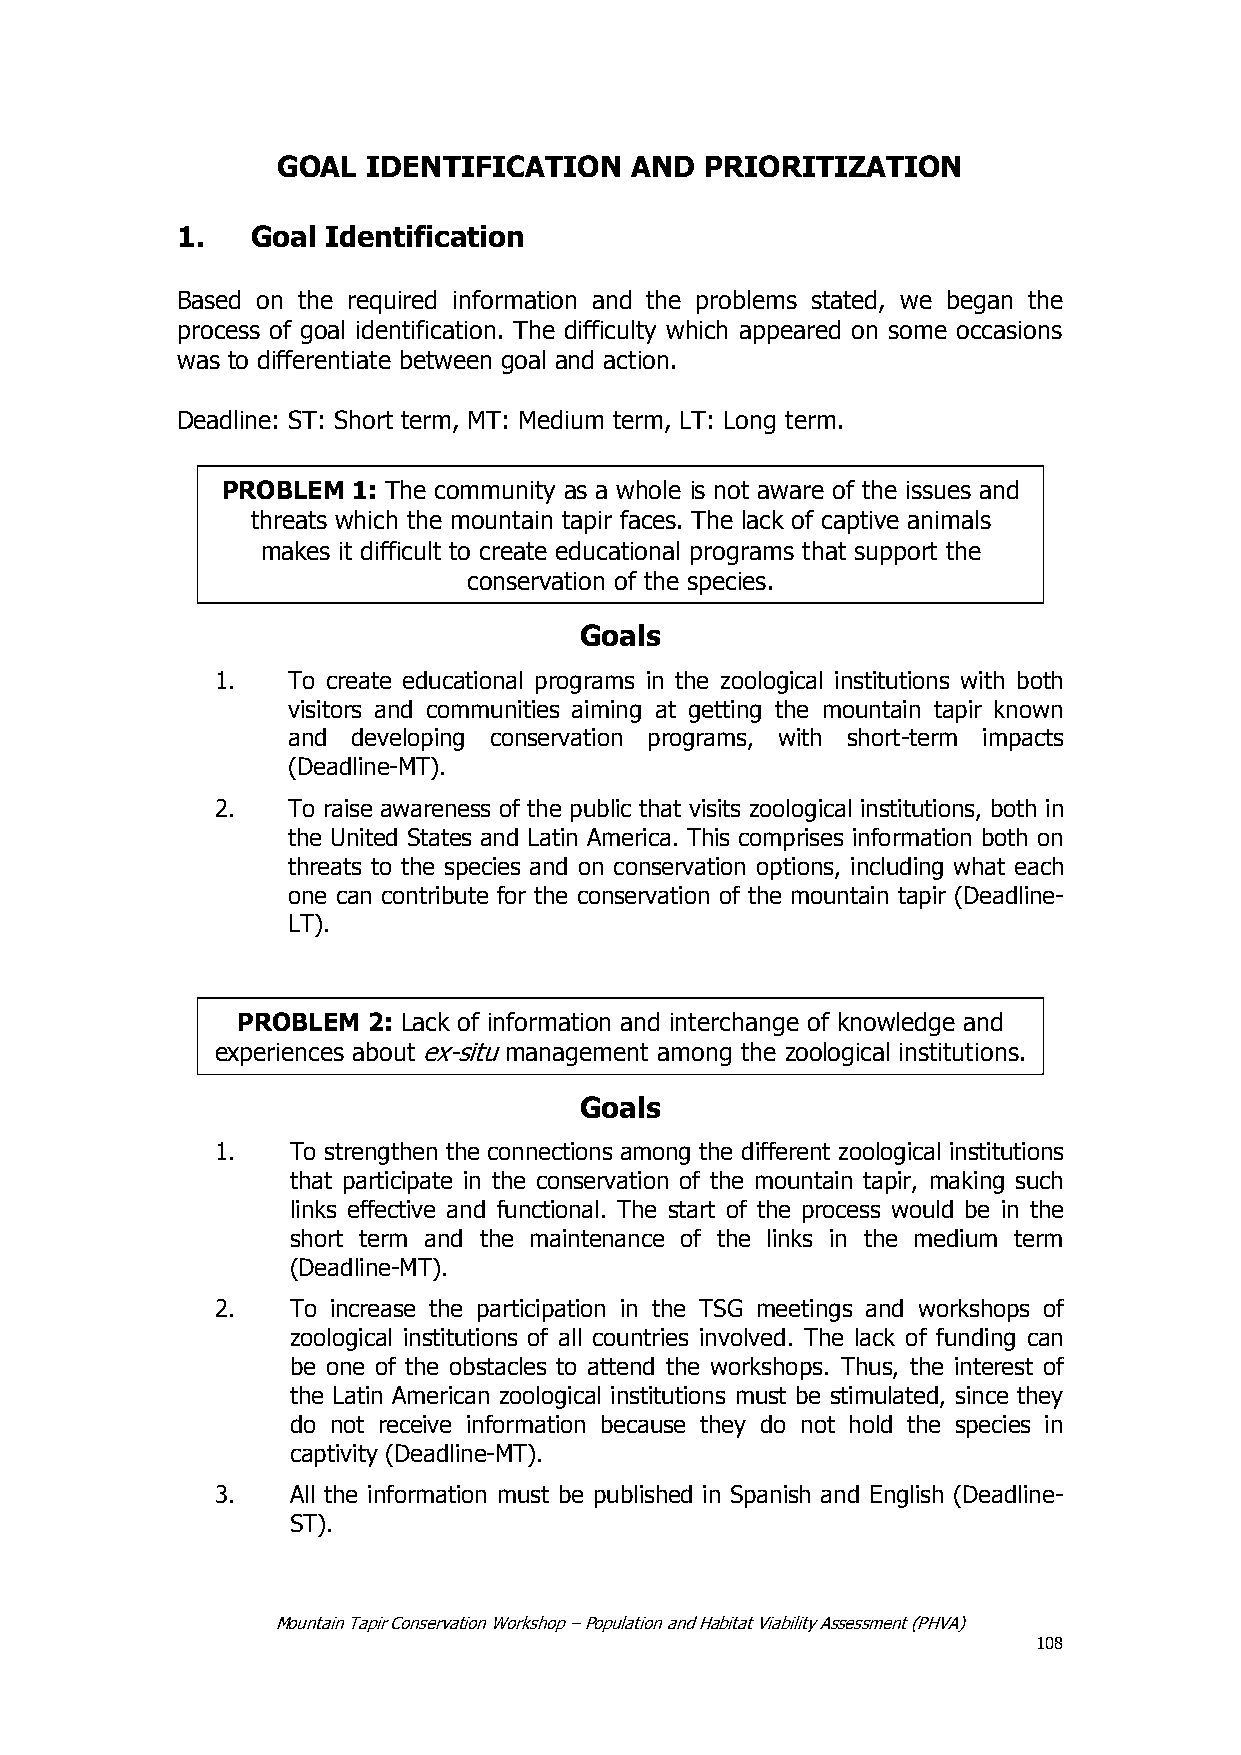
GOAL  IDENTIFICATION    AND  PRIORITIZATION
 1.   Goal Identification
 Based on the required information and the problems stated, we began the
 process of goal identification. The difficulty which appeared on some occasions
 was to differentiate between goal and action.
 Deadline: ST: Short term, MT: Medium term, LT: Long term.
 PROBLEM 1: The community as a whole is not aware of the issues and
 threats which the mountain tapir faces. The lack of captive animals
 makes it difficult to create educational programs that support the
 conservation of the species.
 Goals
 1.   To create educational programs in the zoological institutions with both
 visitors and communities aiming at getting the mountain tapir known
 and developing conservation programs, with short-term impacts
 (Deadline-MT).
 2.   To raise awareness of the public that visits zoological institutions, both in
 the United States and Latin America. This comprises information both on
 threats to the species and on conservation options, including what each
 one can contribute for the conservation of the mountain tapir (Deadline-
 LT).
 PROBLEM 2: Lack of information and interchange of knowledge and
 experiences about ex-situ management among the zoological institutions.
 Goals
 1.   To strengthen the connections among the different zoological institutions
 that participate in the conservation of the mountain tapir, making such
 links effective and functional. The start of the process would be in the
 short term and the maintenance of the links in the medium term
 (Deadline-MT).
 2.   To increase the participation in the TSG meetings and workshops of
 zoological institutions of all countries involved. The lack of funding can
 be one of the obstacles to attend the workshops. Thus, the interest of
 the Latin American zoological institutions must be stimulated, since they
 do not receive information because they do not hold the species in
 captivity (Deadline-MT).
 3.   All the information must be published in Spanish and English (Deadline-
 ST).
 Mountain Tapir Conservation Workshop – Population and Habitat Viability Assessment (PHVA)
 108